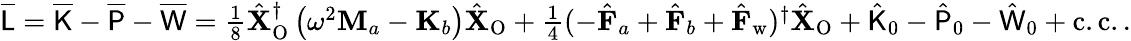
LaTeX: \begin{array}{r}{\overline{{\mathsf{L}}}=\overline{{\mathsf{K}}}-\overline{{\mathsf{P}}}-\overline{{\mathsf{W}}}=\frac{1}{8}\hat{\mathbf{X}}_{\mathrm{O}}^{\dagger}\left(\omega^{2}\mathbf{M}_{a}-\mathbf{K}_{b}\right)\hat{\mathbf{X}}_{\mathrm{O}}+\frac{1}{4}(-\hat{\mathbf{F}}_{a}+\hat{\mathbf{F}}_{b}+\hat{\mathbf{F}}_{\mathrm{w}})^{\dagger}\hat{\mathbf{X}}_{\mathrm{O}}+\hat{\mathsf{K}}_{0}-\hat{\mathsf{P}}_{0}-\hat{\mathsf{W}}_{0}+\mathrm{c.c.}\, .}\end{array}